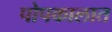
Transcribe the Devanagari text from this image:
पोपकालात